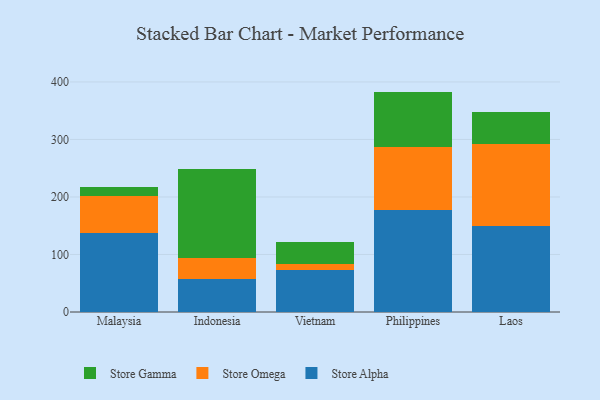
{"axis": {"x": "Country", "y": "Conversion Rate (%)"}, "legend": ["Store Alpha", "Store Gamma", "Store Omega"], "data": [{"x": "Malaysia", "y": 137.9, "type": "Store Alpha"}, {"x": "Malaysia", "y": 63.7, "type": "Store Omega"}, {"x": "Malaysia", "y": 16.4, "type": "Store Gamma"}, {"x": "Indonesia", "y": 58.1, "type": "Store Alpha"}, {"x": "Indonesia", "y": 36.3, "type": "Store Omega"}, {"x": "Indonesia", "y": 154.3, "type": "Store Gamma"}, {"x": "Vietnam", "y": 73.1, "type": "Store Alpha"}, {"x": "Vietnam", "y": 10.7, "type": "Store Omega"}, {"x": "Vietnam", "y": 38.0, "type": "Store Gamma"}, {"x": "Philippines", "y": 177.7, "type": "Store Alpha"}, {"x": "Philippines", "y": 108.6, "type": "Store Omega"}, {"x": "Philippines", "y": 96.9, "type": "Store Gamma"}, {"x": "Laos", "y": 149.7, "type": "Store Alpha"}, {"x": "Laos", "y": 141.8, "type": "Store Omega"}, {"x": "Laos", "y": 56.2, "type": "Store Gamma"}]}